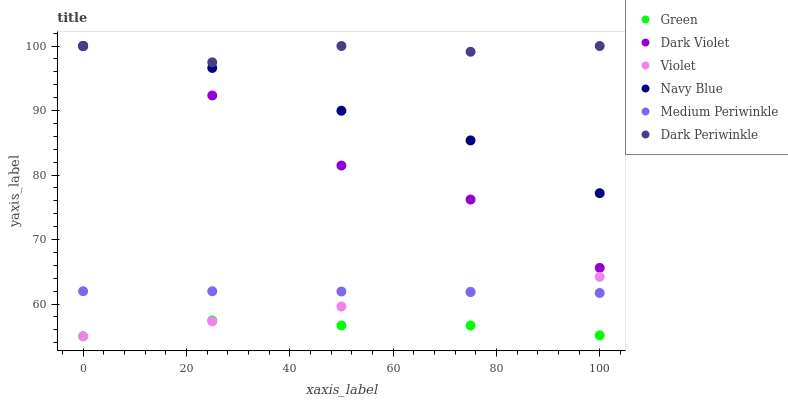
| xaxis_label | Green | Dark Violet | Violet | Navy Blue | Medium Periwinkle | Dark Periwinkle |
 | --- | --- | --- | --- | --- | --- | --- |
 | 0 | 55 | 100 | 55 | 100 | 62 | 100 |
 | 25 | 57.5 | 92.3 | 57.3 | 96.6 | 62 | 97.5 |
 | 50 | 56.7 | 81.5 | 59.6 | 90 | 61.9 | 100 |
 | 75 | 56.7 | 76.2 | 61.9 | 85.4 | 61.8 | 99.1 |
 | 100 | 55.1 | 65.6 | 64.2 | 77.2 | 61.7 | 100 |